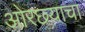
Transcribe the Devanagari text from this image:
ओरछ्याचा